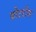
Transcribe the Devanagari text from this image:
वोटरोन